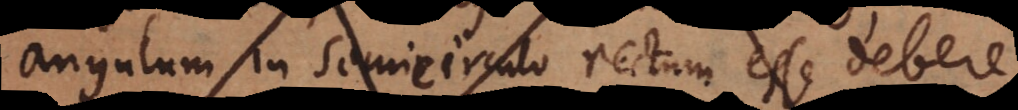
angulum in semicirculo rectum esse debere,